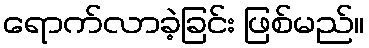
ရောက်လာခဲ့ခြင်း ဖြစ်မည်။